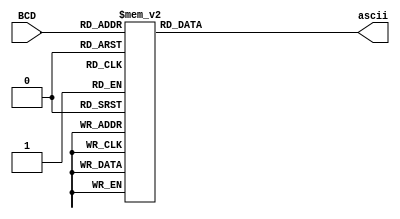
module ASCII(ascii, BCD);
output reg 	[8:0] ascii;
input 		[3:0] BCD;

always @(BCD) 
begin
	case(BCD)
		4'h0:ascii 	<=	9'h130;
		4'h1:ascii 	<=	9'h131;
		4'h2:ascii 	<=	9'h132;
		4'h3:ascii 	<=	9'h133;
		4'h4:ascii 	<=	9'h134;
		4'h5:ascii 	<=	9'h135;
		4'h6:ascii 	<=	9'h136;
		4'h7:ascii 	<=	9'h137;
		4'h8:ascii 	<=	9'h138;
		4'h9:ascii 	<=	9'h139;
		4'hf:ascii 	<=	9'h146;
		default:ascii 	<=	9'h120;
	endcase
end
endmodule